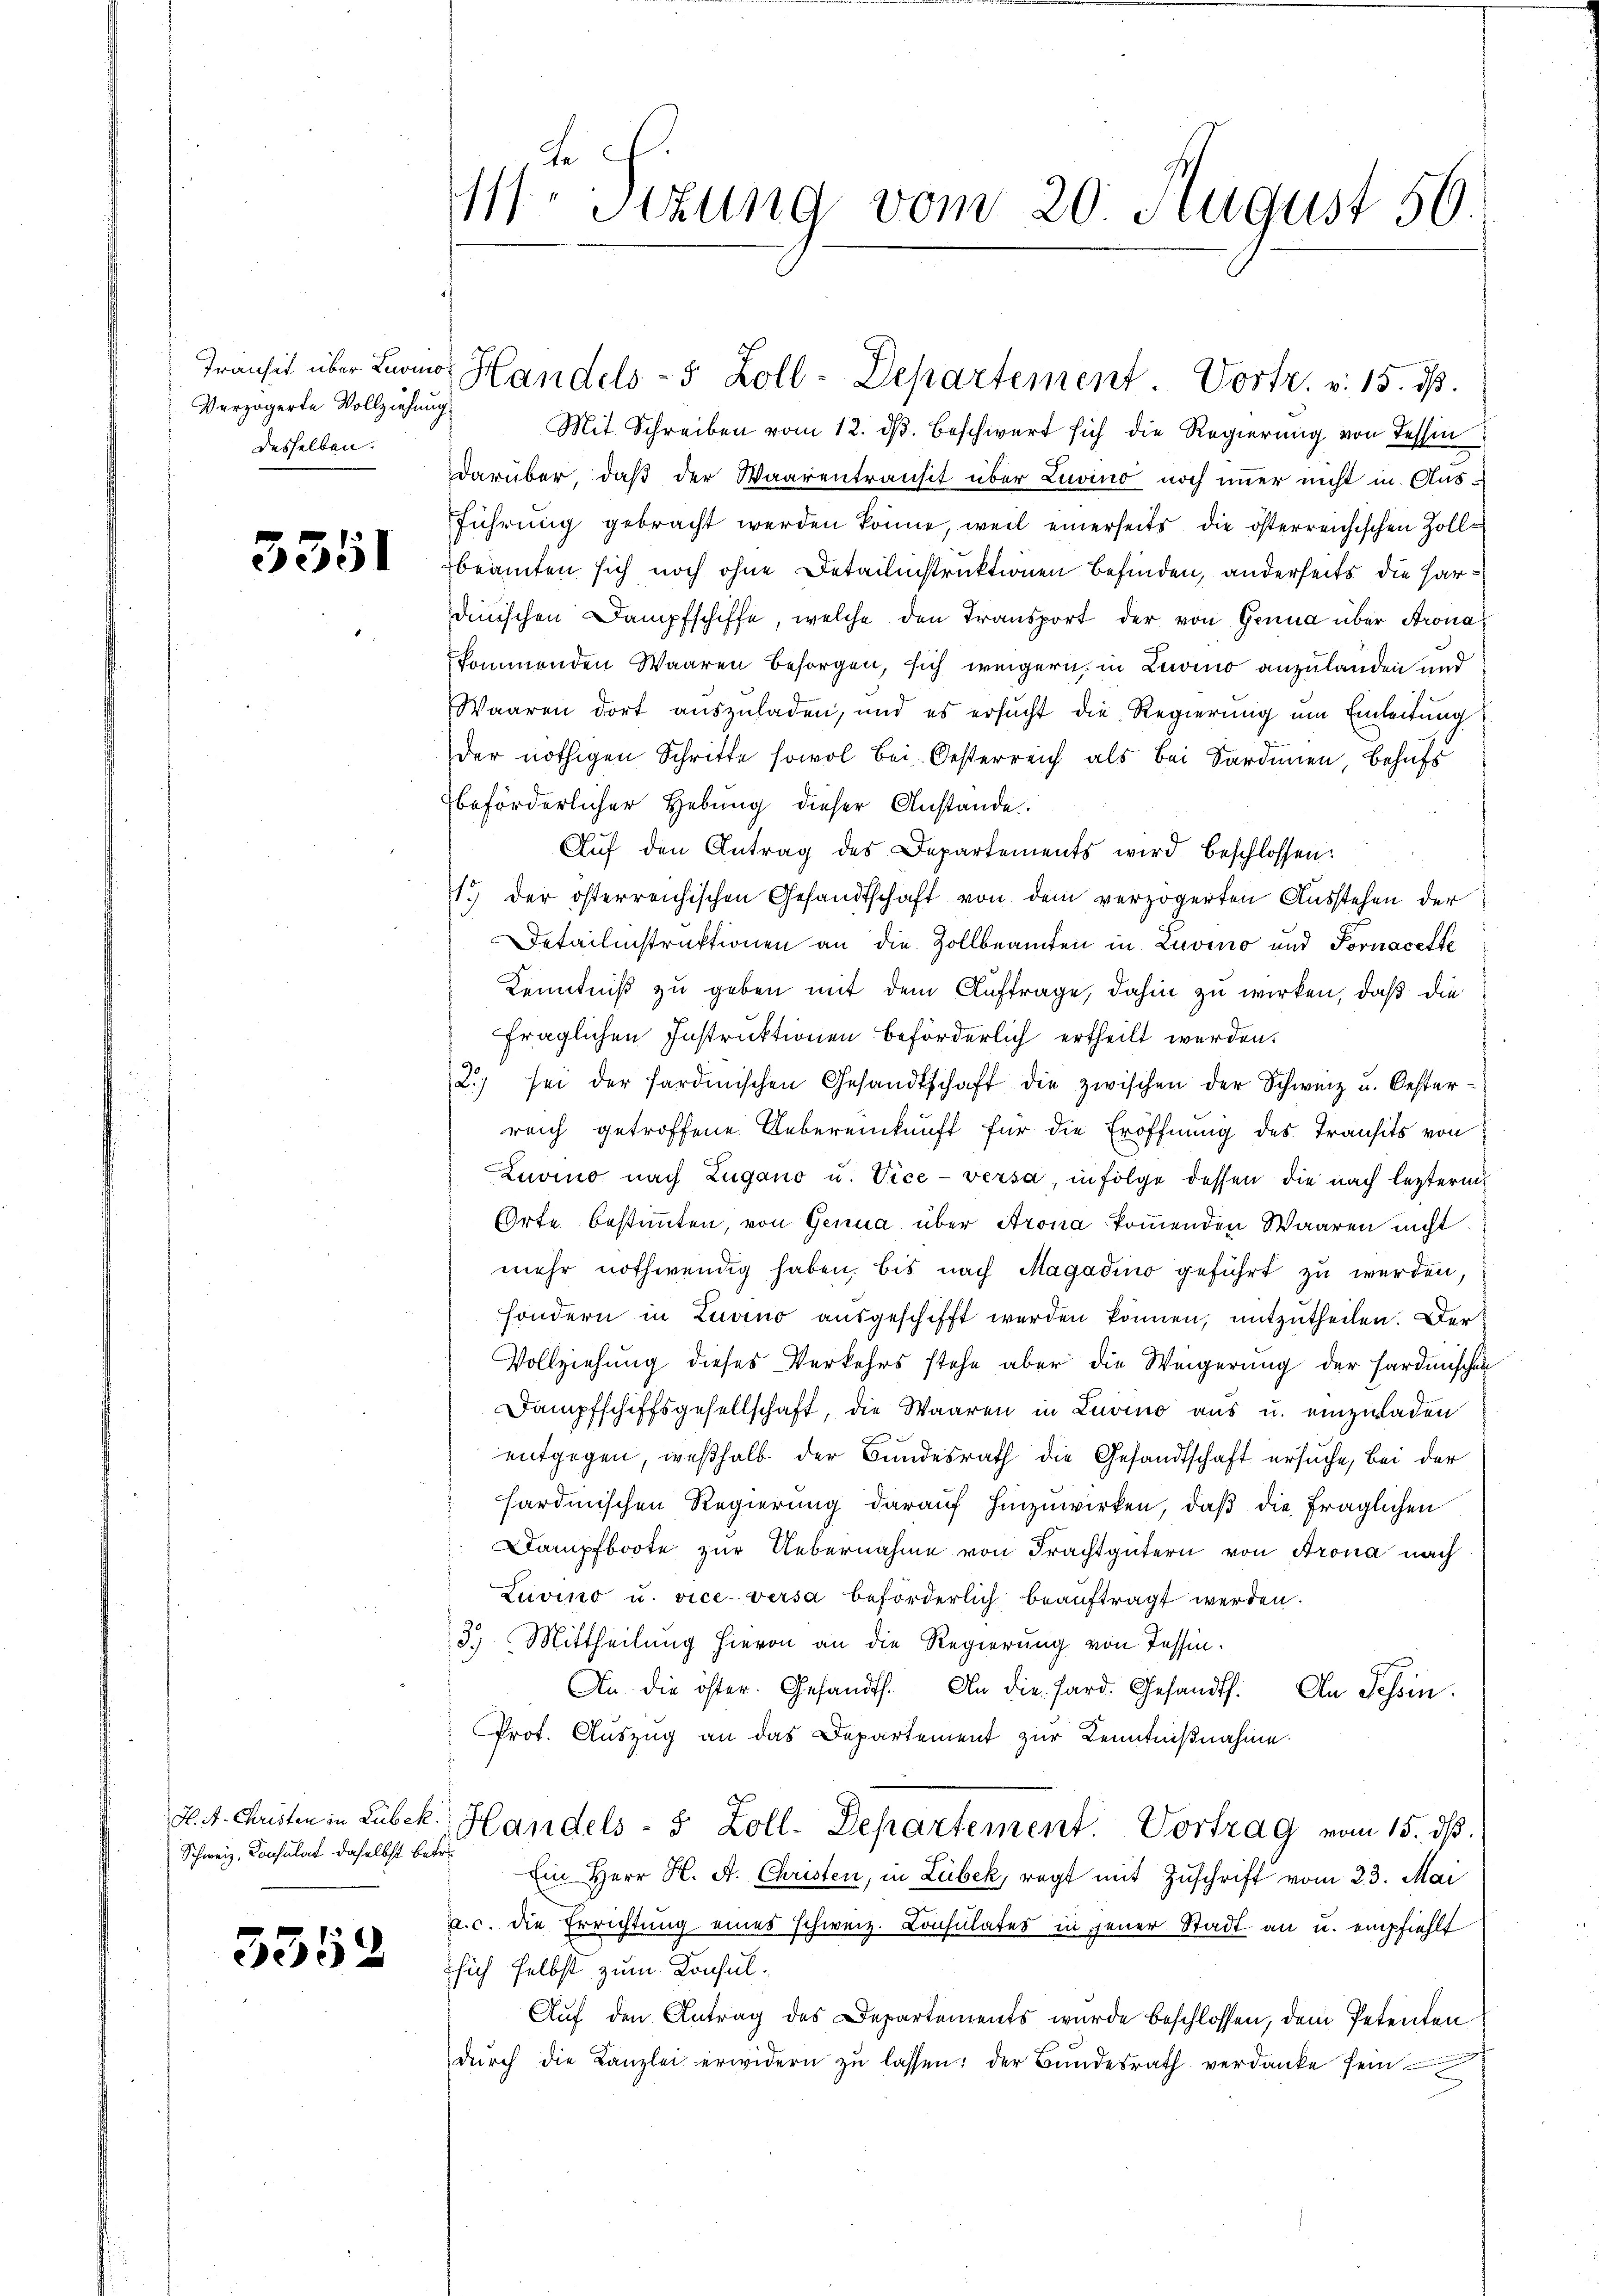
Verzögerte Vollziehung
desselben.

3351

Schweiz, Consulat daselbst betr.

5352

Mit Schreiben vom 12. dß. Beschwert sich die Regierung von Tessin
darüber, daß der Waarentransit über Zuvino noch immer nicht in Ausführung gebracht werden könne, weil einerseits die österreichischen Zollbeamten sich noch ohne Detailistruktionen befinden, anderseits die Hardinischen Dampfschiffe, welche den Transport der von Genua über Arona
kommenden Waaren besorgen, sich weigern, in Luomo anzulanden und
Waaren dort auszuladen, und es ersŭcht die Regierŭng ŭm Einleitung
der nöthigen Schritte sowol bei. Oesterreich als bei Sardinen, behŭfs
beförderlicher Hebung dieser Anstande
Aŭf den Antrag des Departements wird beschlossen:
1. der österreichischen Gesandtschaft von dem verzögerten Ausstehen der
Detailnstruktionen an die Zollbeamten in Zuvino und Fornacette
Kenntniß zu geben mit dem Auftrage, dahin zu wirken, daß die
fraglichen Instruktionen beförderlich ertheilt werden.
2.) sei der Sardinischen Gesandtschaft die zwischen der Schweiz u. Oesterreich getroffene Uebereinkunft für die Eröffnung des Transits von
Zuvino nach Zugano u. Vice - versa, infolge dessen die nach leztern
Orte bestimmten, von Genua über Arona kommenden Waaren nicht
mehr nothwendig haben, bis nach Magadino geführt zu werden,
sondern in Zuvino ausgeschifft werden können, mitzutheilen. Der
Vollziehung dieses Verkehrs stehe aber die Weigerung der Hardmischen
Dampfschiffsgesellschaft, die Waaren in Luvino aus u. einzuladen
entgegen, weßhalb der Bundesrath die Gesandtschaft ersuche, bei der
härdmischen Regierung darauf hinzuwirken, daß die fraglichen
Dampfboote zur Uebernahme von Frachtgütern von Krona nach
Luvino u. vice-versa beförderlich beaŭftragt werden.
3.) Mittheilung hievon an die Regierung von Tessin.
An die öfter. Gesandt. An die Hard. Gesandts. An Tessin.
Prot. Auszug an das Departement zur Kenntnißnahme.
d. 4. Christen in Lubek Handels- 5 Zoll. Departement. Vortrag vom 15. dß.
Ein Herr H. A. Christen, in Lübek, regt mit Zuschrift vom 23. Mai
a. c. die Errichtung eines schweiz. Consulates in jener Stadt an u. empfiehlt
sich selbst zum Konsul¬
Auf den Antrag des Departements wurde beschlossen, dem Petenten
dŭrch die Kanzlei erwidern zŭ lassen: der Bŭndesrath verdanke sein.

111 Stzung vom 20. August 56.

Tränsit über Leonos Handels- 5 Zoll-Departement Vortr. v. 15. d.